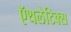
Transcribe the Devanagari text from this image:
ऍथलेटिक्स